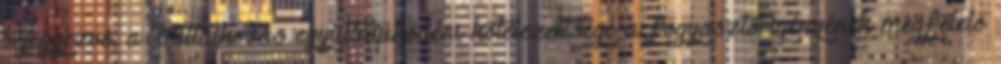
bejegyezve, a Vállalkozás együttműködési kötelezettsége a fogyasztó igényének megfelelő